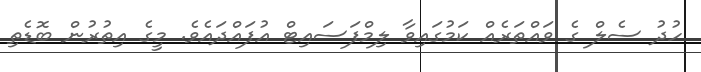
ހުދު ސެލް ގެ ވައްތަރެއް ކަމުގައިވާ ލިމްފަސައިޓް އުފައްދައެވެ. މީގެ އިތުރުން ބޮޑެތި